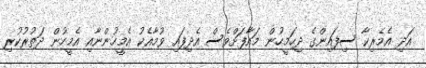
އަދި އެމެރިކާ ސިފައިންގެ ދިހަމީހުން މައާފަށްވެސް އެދިފައި ވުމާއެކު އެމީހުންނާއި އެމީހުން ދަތުރުކުރި